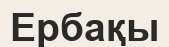
Ербақы